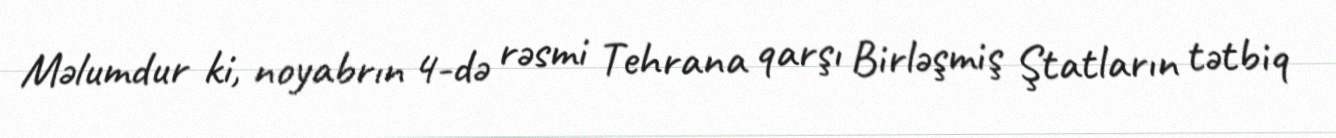
Məlumdur ki, noyabrın 4-də rəsmi Tehrana qarşı Birləşmiş Ştatların tətbiq